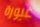
غيورة